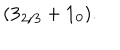
( { \bf 3 } _ { 2 / 3 } + { \bf 1 } _ { 0 } ) .